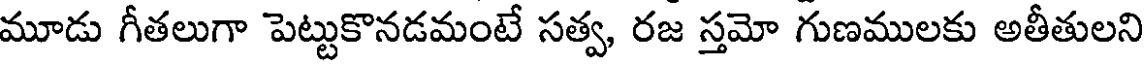
మూడు గీతలుగా పెట్టుకొనడమంటే సత్వ, రజ స్తమో గుణములకు అతీతులని